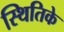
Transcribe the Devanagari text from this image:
स्थितिके